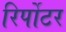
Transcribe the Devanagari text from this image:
रिर्पोटर